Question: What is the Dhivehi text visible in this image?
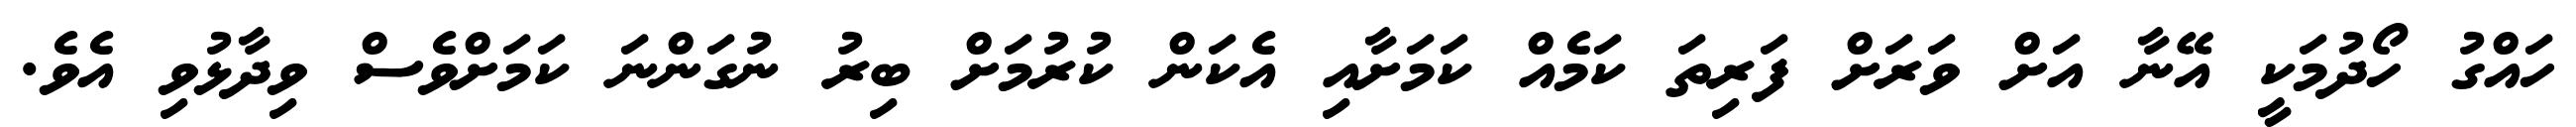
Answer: ހައްގު ހޯދުމަކީ އޭނާ އަށް ވަރަށް ފަރިތަ ކަމެއް ކަމަށާއި އެކަން ކުރުމަށް ބިރު ނުގަންނަ ކަމަށްވެސް ވިދާޅުވި އެވެ.